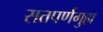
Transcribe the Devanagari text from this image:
सत्तपर्णगुहा